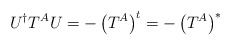
\begin{align*}U^{\dagger}T^AU = -\left( T^A\right)^t = -\left( T^A\right)^*\end{align*}